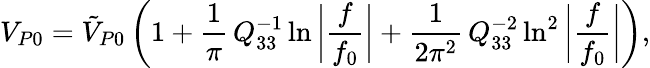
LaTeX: V_{P0}=\tilde{V}_{P0}\left(1+\frac{1}{\pi}\, Q_{33}^{-1}\ln{\bigg|\frac{f}{f_{0}}\bigg|}+\frac{1}{2\pi^{2}}\, Q_{33}^{-2}\ln^{2}{\bigg|\frac{f}{f_{0}}\bigg|}\right),